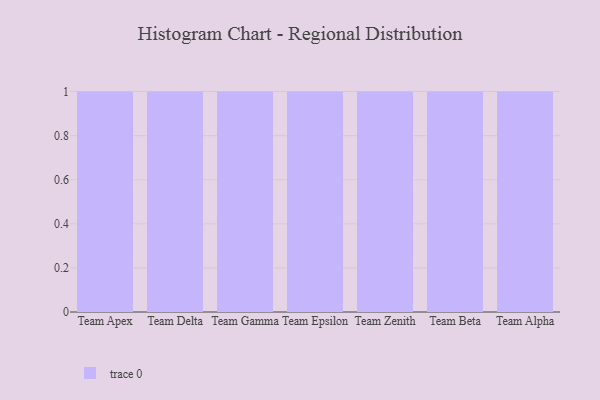
{"axis": {"x": "Team", "y": "Market Share (%)"}, "legend": [""], "data": [{"x": "Team Apex", "y": 96, "type": ""}, {"x": "Team Delta", "y": 59, "type": ""}, {"x": "Team Gamma", "y": 50, "type": ""}, {"x": "Team Epsilon", "y": 49, "type": ""}, {"x": "Team Zenith", "y": 9, "type": ""}, {"x": "Team Beta", "y": 71, "type": ""}, {"x": "Team Alpha", "y": 13, "type": ""}]}